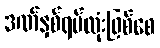
ဒဏ်နှစ်ရပ်လုံးဖြစ်စေ